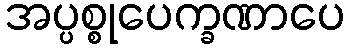
အပ္ပစ္စုပေက္ခဏာပေ